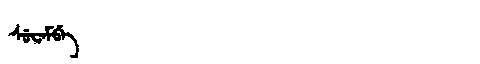
Manchu: ᠰᡠᠸᡝᠮᠪᡝ
Romanization: SUWEMBE